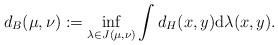
LaTeX: \begin{align*}d_B(\mu,\nu):=\inf\limits_{\lambda\in J(\mu,\nu)}\int d_H(x,y)\mathrm{d}\lambda(x,y) .\end{align*}